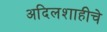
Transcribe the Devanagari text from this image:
अदिलशाहीचे